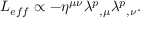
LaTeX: { \cal L } _ { e f f } \propto - \eta ^ { \mu \nu } \lambda ^ { p } { } _ { , \mu } \lambda ^ { p } { } _ { , \nu } .